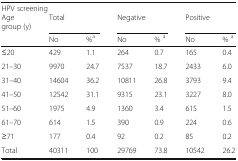
<table><thead><tr><td colspan="7"><b>HPV screening</b></td></tr><tr><td><b>Age group (y)</b></td><td colspan="2"><b>Total</b></td><td colspan="2"><b>Negative</b></td><td colspan="2"><b>Positive</b></td></tr><tr><td></td><td><b>No</b></td><td><b>%<sup>a</sup></b></td><td><b>No</b></td><td><b>% <sup>a</sup></b></td><td><b>No</b></td><td><b>% <sup>a</sup></b></td></tr></thead><tbody><tr><td>≤20</td><td>429</td><td>1.1</td><td>264</td><td>0.7</td><td>165</td><td>0.4</td></tr><tr><td>21–30</td><td>9970</td><td>24.7</td><td>7537</td><td>18.7</td><td>2433</td><td>6.0</td></tr><tr><td>31–40</td><td>14604</td><td>36.2</td><td>10811</td><td>26.8</td><td>3793</td><td>9.4</td></tr><tr><td>41–50</td><td>12542</td><td>31.1</td><td>9315</td><td>23.1</td><td>3227</td><td>8.0</td></tr><tr><td>51–60</td><td>1975</td><td>4.9</td><td>1360</td><td>3.4</td><td>615</td><td>1.5</td></tr><tr><td>61–70</td><td>614</td><td>1.5</td><td>390</td><td>0.9</td><td>224</td><td>0.6</td></tr><tr><td>≥71</td><td>177</td><td>0.4</td><td>92</td><td>0.2</td><td>85</td><td>0.2</td></tr><tr><td>Total</td><td>40311</td><td>100</td><td>29769</td><td>73.8</td><td>10542</td><td>26.2</td></tr></tbody></table>